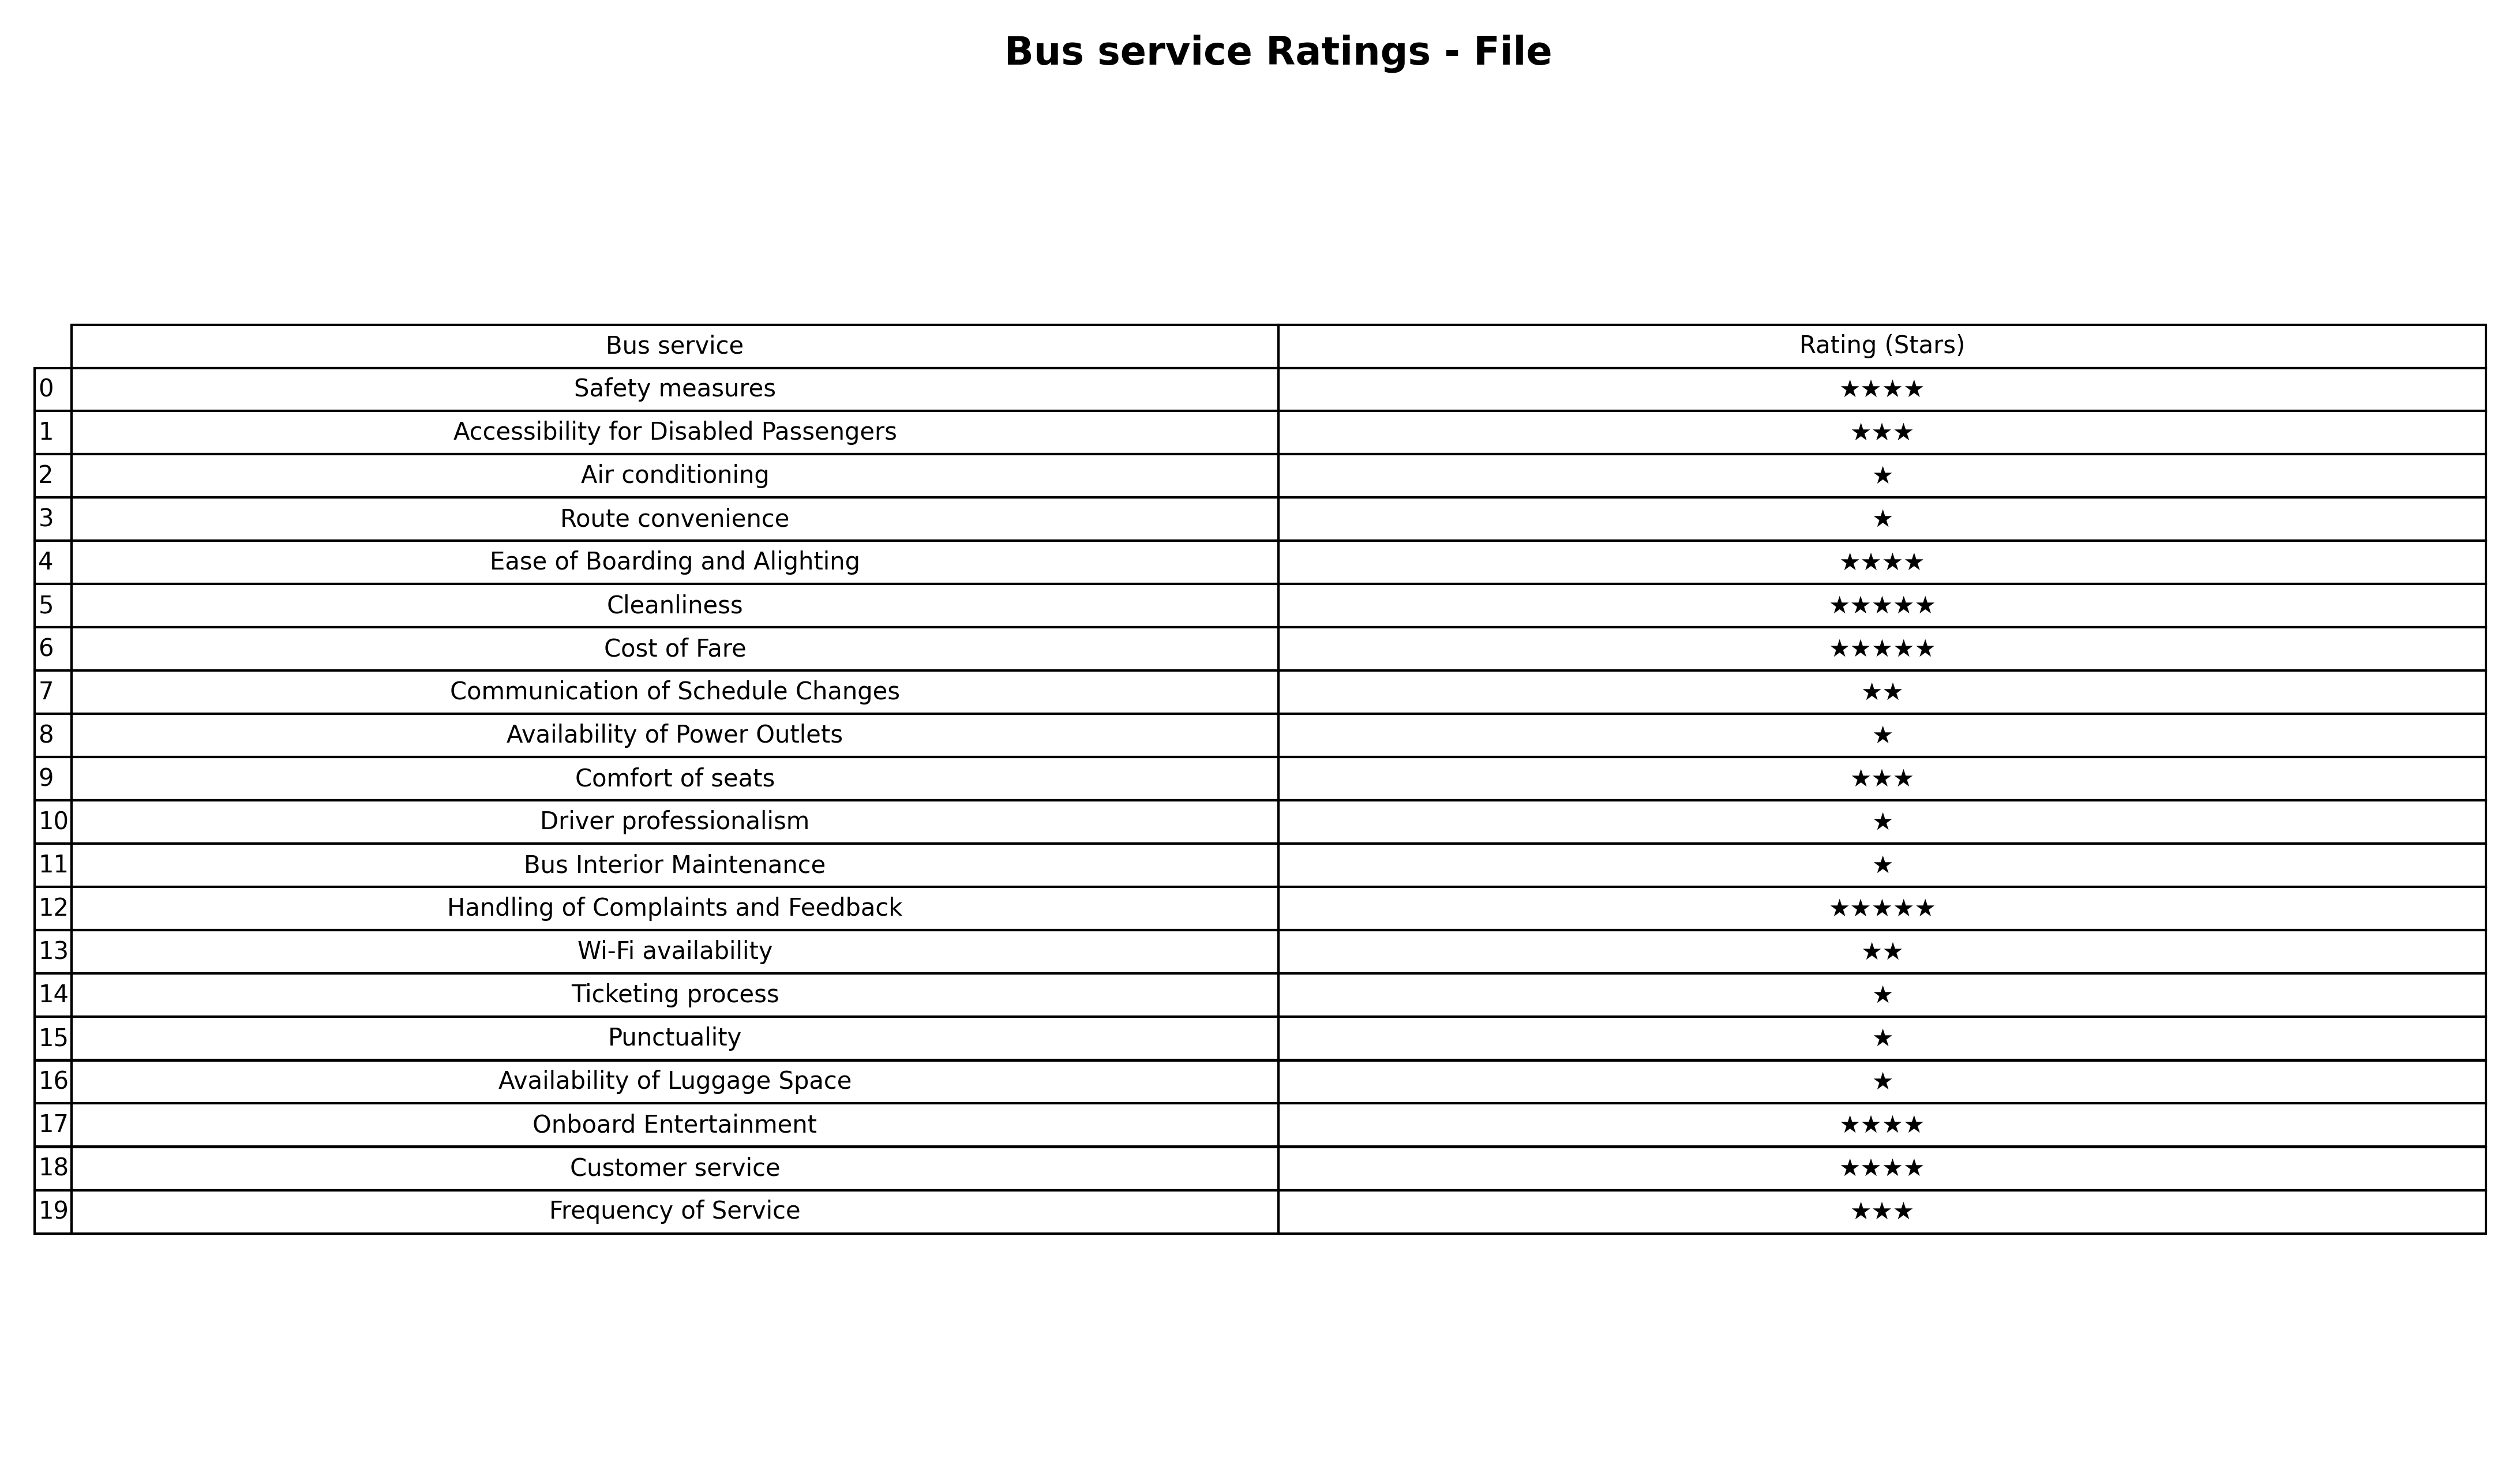
question: What is the rating of Cost of Fare?
answer: ★★★★★